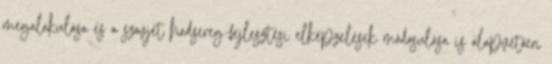
megalakulása és a szovjet hadsereg-fejlesztési elképzelések módosulása is alapvetően